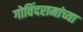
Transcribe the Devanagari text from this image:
गोविंदरामांच्या